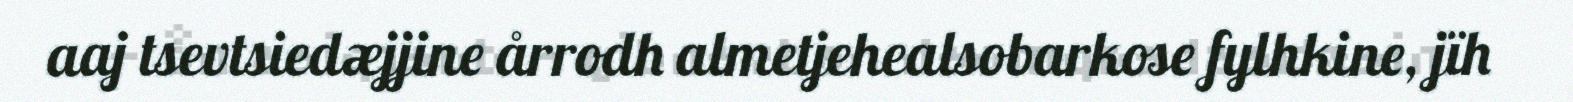
aaj tsevtsiedæjjine årrodh almetjehealsobarkose fylhkine, jïh